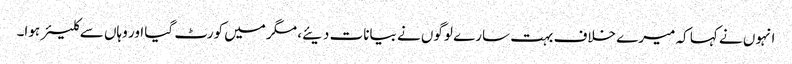
انہوں نے کہا کہ میرے خلاف بہت سارے لوگوں نے بیانات دیئے، مگر میں کورٹ گیا اور وہاں سے کلیئر ہوا۔